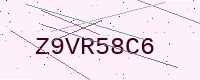
Text: Z9VR58C6